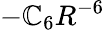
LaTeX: -\mathbb{C}_{6}R^{-6}